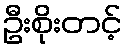
ဦးစိုးတင့်